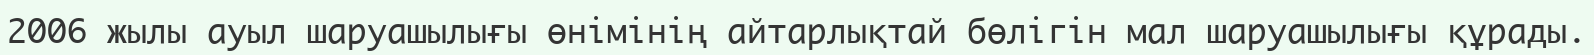
2006 жылы ауыл шаруашылығы өнімінің айтарлықтай бөлігін мал шаруашылығы құрады.